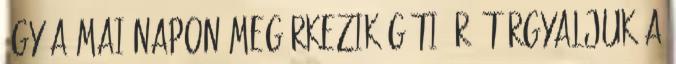
így a mai napon megérkezik Gáti úr, tárgyaljuk a